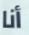
أنا